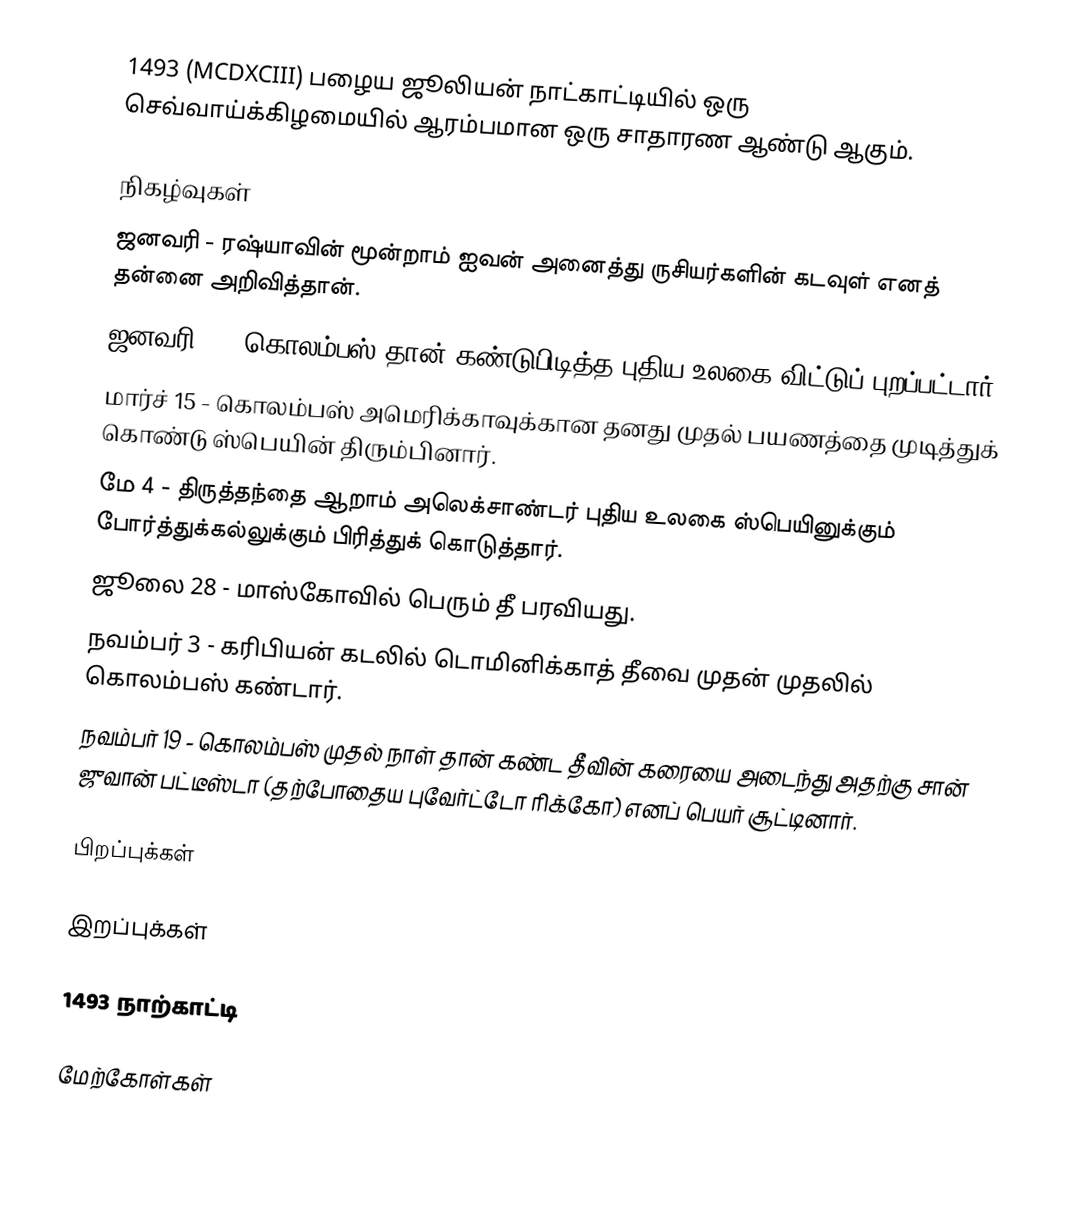
1493 (MCDXCIII) பழைய ஜூலியன் நாட்காட்டியில் ஒரு செவ்வாய்க்கிழமையில் ஆரம்பமான ஒரு சாதாரண ஆண்டு ஆகும்.

நிகழ்வுகள்
 ஜனவரி - ரஷ்யாவின் மூன்றாம் ஐவன் அனைத்து ருசியர்களின் கடவுள் எனத் தன்னை அறிவித்தான்.
 ஜனவரி 4 - கொலம்பஸ் தான் கண்டுபிடித்த புதிய உலகை விட்டுப் புறப்பட்டார்.
 மார்ச் 15 - கொலம்பஸ் அமெரிக்காவுக்கான தனது முதல் பயணத்தை முடித்துக் கொண்டு ஸ்பெயின் திரும்பினார்.
 மே 4 - திருத்தந்தை ஆறாம் அலெக்சாண்டர் புதிய உலகை ஸ்பெயினுக்கும் போர்த்துக்கல்லுக்கும் பிரித்துக் கொடுத்தார்.
 ஜூலை 28 - மாஸ்கோவில் பெரும் தீ பரவியது.
 நவம்பர் 3 - கரிபியன் கடலில் டொமினிக்காத் தீவை முதன் முதலில் கொலம்பஸ் கண்டார்.
 நவம்பர் 19 - கொலம்பஸ் முதல் நாள் தான் கண்ட தீவின் கரையை அடைந்து அதற்கு சான் ஜுவான் பட்டீஸ்டா (தற்போதைய புவேர்ட்டோ ரிக்கோ) எனப் பெயர் சூட்டினார்.

பிறப்புக்கள்

இறப்புக்கள்

1493 நாற்காட்டி

மேற்கோள்கள்